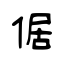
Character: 倨